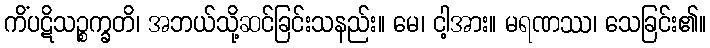
ကိံပဋိသဉ္စက္ခတိ၊ အဘယ်သို့ဆင်ခြင်းသနည်း။ မေ၊ ငါ့အား။ မရဏဿ၊ သေခြင်း၏။